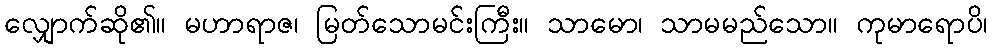
လျှောက်ဆို၏။ မဟာရာဇ၊ မြတ်သောမင်းကြီး။ သာမော၊ သာမမည်သော။ ကုမာရောပိ၊